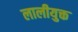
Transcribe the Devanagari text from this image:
लालीयुक्त